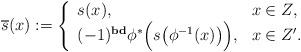
LaTeX: \begin{align*}\begin{aligned}\overline{s}(x):=\left\{\begin{array}{ll} s(x), & x\in Z, \\ (-1)^{{\rm \textbf{bd}}}\phi^{*}\Big(s\big(\phi^{-1}(x)\big)\Big), & x\in Z'.\end{array}\right.\end{aligned}\end{align*}